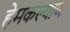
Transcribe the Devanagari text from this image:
हेमकल्याण